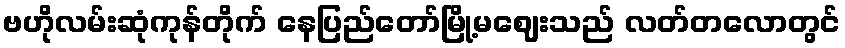
ဗဟိုလမ်းဆုံကုန်တိုက် နေပြည်တော်မြို့မဈေးသည် လတ်တလောတွင်